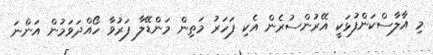
މި އާލާސްކަންފުޅަކީ އޭރުންސުރެން އެކި ފަހަރު މަތިން މަންޑޭލާ ފަރުވާ ހޯއްދަވަމުން އަންނަ